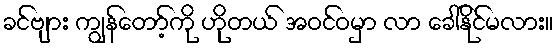
ခင်ဗျား ကျွန်တော့်ကို ဟိုတယ် အဝင်ဝမှာ လာ ခေါ်နိုင်မလား။